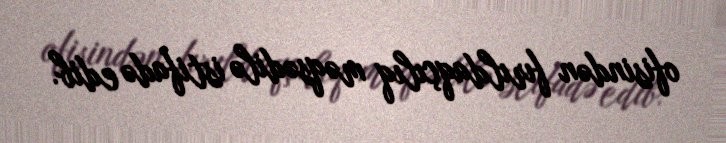
ofisindən fırıldaqçılıq məqsədilə istifadə edib.